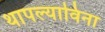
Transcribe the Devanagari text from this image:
थापल्याविना